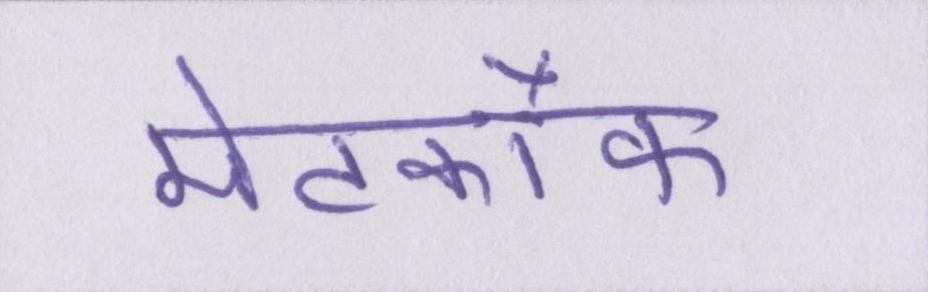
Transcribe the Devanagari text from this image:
मेटकॉफ